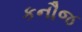
કનૌજ